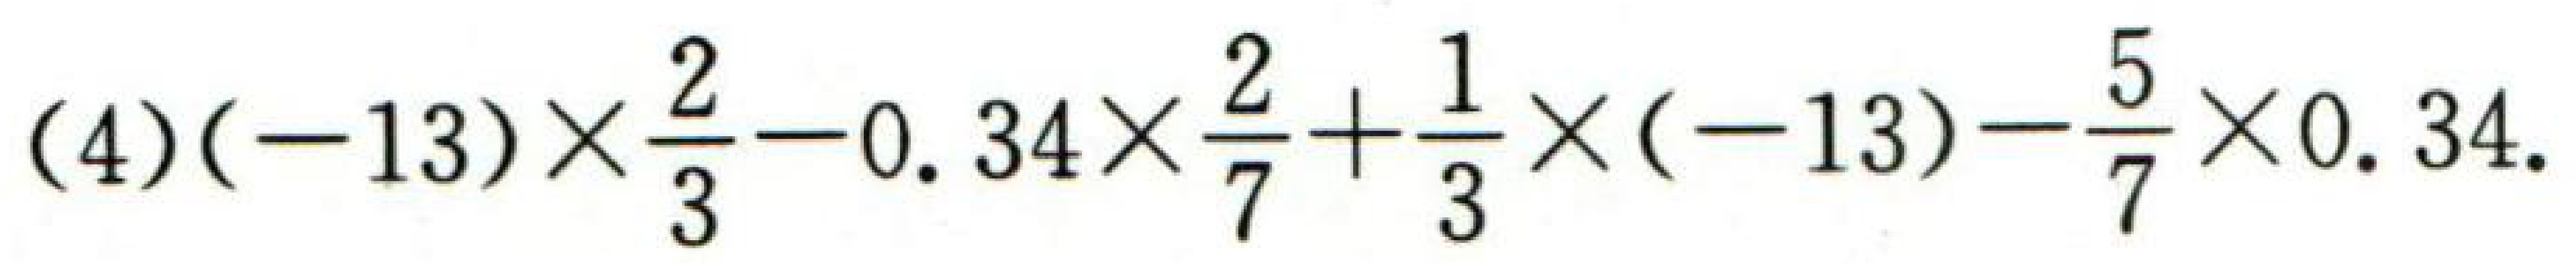
\((4)(-13)\times\frac{2}{3}-0.34\times\frac{2}{7}+\frac{1}{3}\times(-13)-\frac{5}{7}\times0.34\)